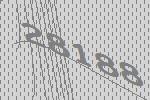
28188